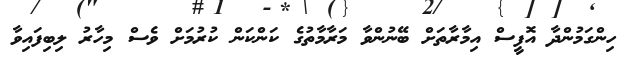
ހިންގަމުންދާ އޮފީސް އިމާރާތަށް ބޭނުންވާ މަރާމާތުގެ ކަންކަން ކުރުމަށް ވެސް މިހާރު ލިބިފައިވާ